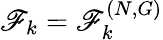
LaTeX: \mathscr{F}_{k}=\mathscr{F}_{k}^{(N,G)}